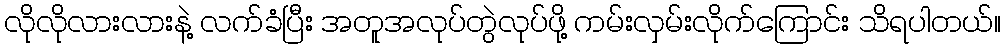
လိုလိုလားလားနဲ့ လက်ခံပြီး အတူအလုပ်တွဲလုပ်ဖို့ ကမ်းလှမ်းလိုက်ကြောင်း သိရပါတယ်။